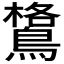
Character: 𪄎